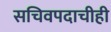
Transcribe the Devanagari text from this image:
सचिवपदाचीही